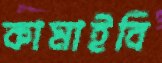
কামাইবি